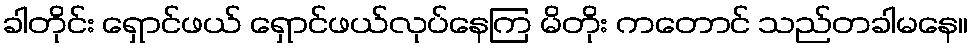
ခါတိုင်း ရှောင်ဖယ် ရှောင်ဖယ်လုပ်နေကြ မိတိုး ကတောင် သည်တခါမနေ။